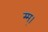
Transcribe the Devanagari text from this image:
म्म्।